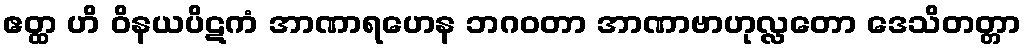
ဧတ္ထ ဟိ ဝိနယပိဋကံ အာဏာရဟေန ဘဂဝတာ အာဏာဗာဟုလ္လတော ဒေသိတတ္တာ